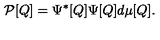
{ \cal P } [ Q ] = \Psi ^ { * } [ Q ] \Psi [ Q ] d \mu [ Q ] .